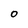
Character: O